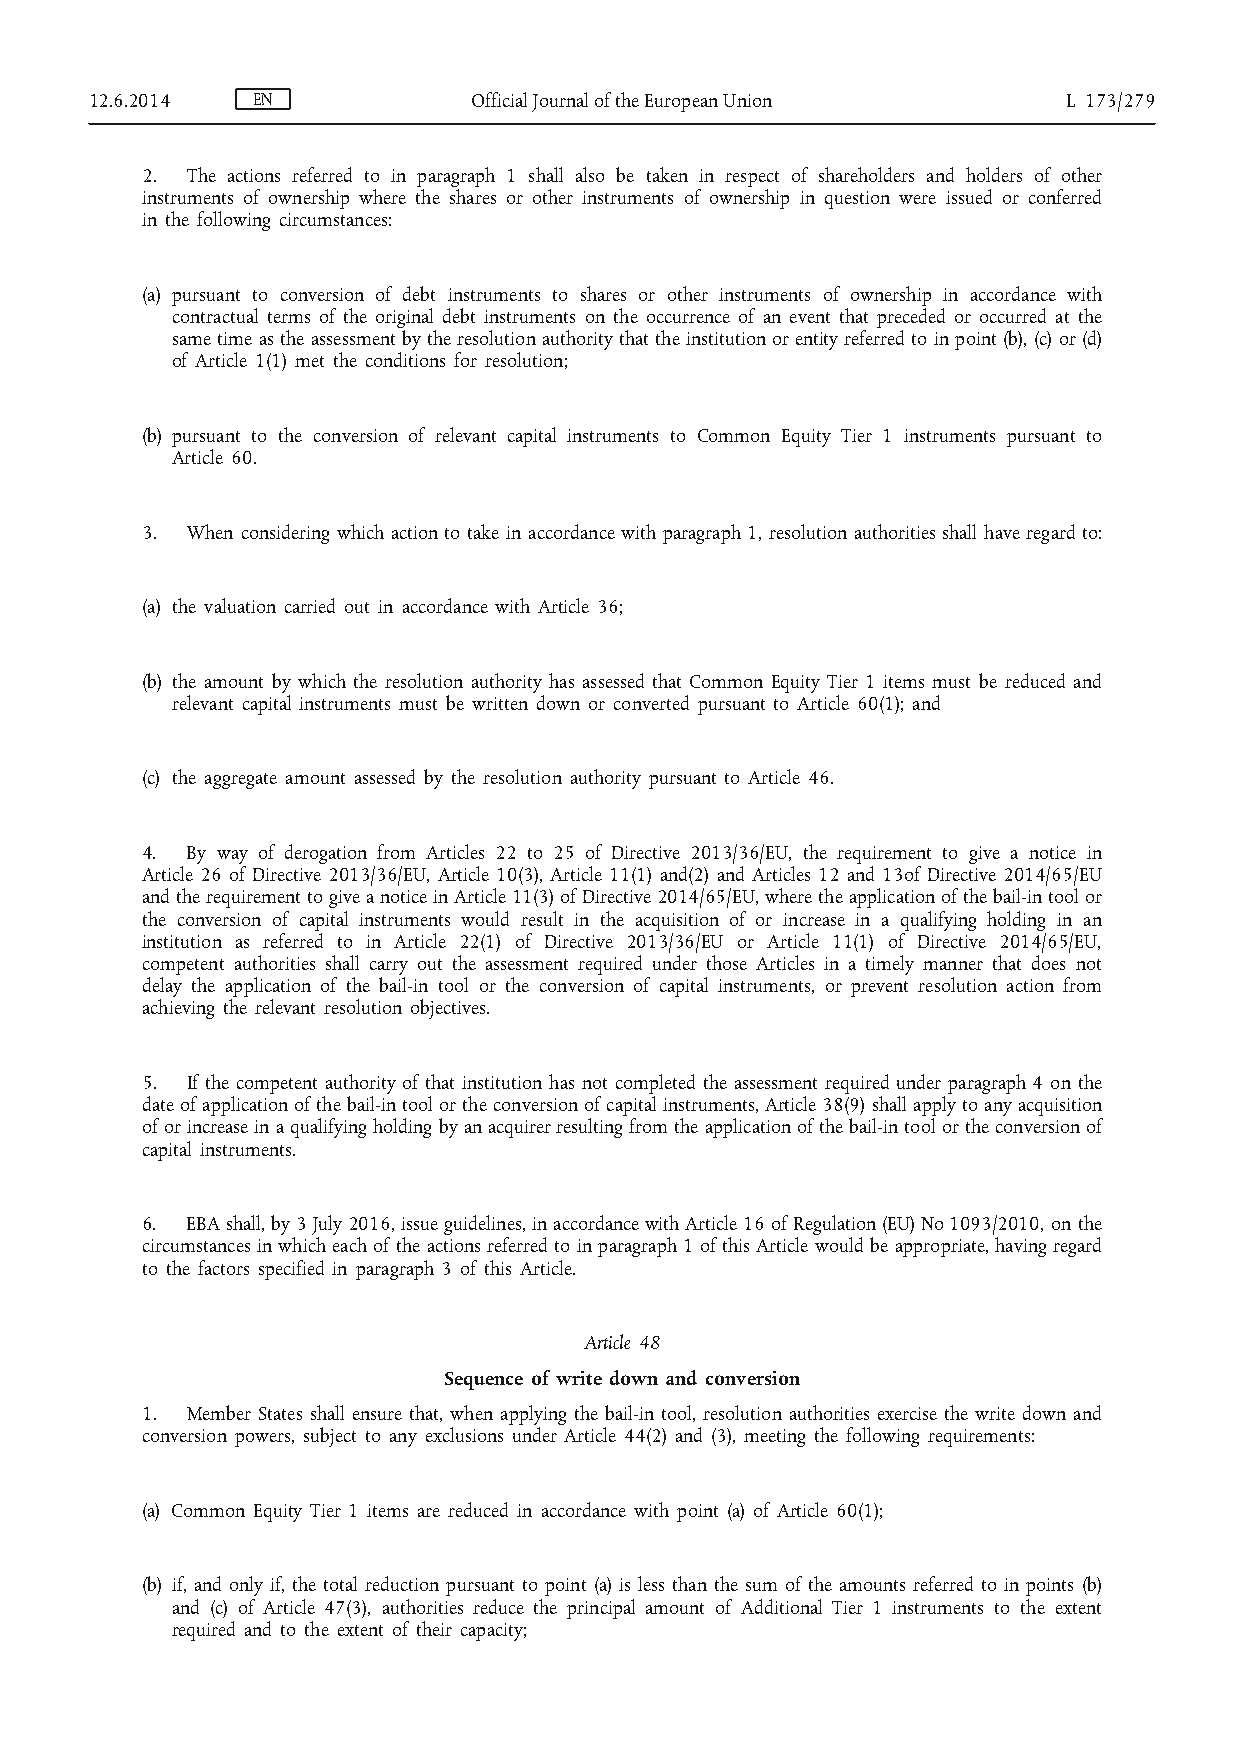
12.6.2014  EN            Official Journal of the European Union  L 173/279
 2. The actions referred to in paragraph 1 shall also be taken in respect of shareholders and holders of other
 instruments of ownership where the shares or other instruments of ownership in question were issued or conferred
 in the following circumstances:
 (a) pursuant to conversion of debt instruments to shares or other instruments of ownership in accordance with
 contractual terms of the original debt instruments on the occurrence of an event that preceded or occurred at the
 same time as the assessment by the resolution authority that the institution or entity referred to in point (b), (c) or (d)
 of Article 1(1) met the conditions for resolution;
 (b) pursuant to the conversion of relevant capital instruments to Common Equity Tier 1 instruments pursuant to
 Article 60.
 3. When considering which action to take in accordance with paragraph 1, resolution authorities shall have regard to:
 (a) the valuation carried out in accordance with Article 36;
 (b) the amount by which the resolution authority has assessed that Common Equity Tier 1 items must be reduced and
 relevant capital instruments must be written down or converted pursuant to Article 60(1); and
 (c) the aggregate amount assessed by the resolution authority pursuant to Article 46.
 4. By way of derogation from Articles 22 to 25 of Directive 2013/36/EU, the requirement to give a notice in
 Article 26 of Directive 2013/36/EU, Article 10(3), Article 11(1) and(2) and Articles 12 and 13of Directive 2014/65/EU
 and the requirement to give a notice in Article 11(3) of Directive 2014/65/EU, where the application of the bail-in tool or
 the conversion of capital instruments would result in the acquisition of or increase in a qualifying holding in an
 institution as referred to in Article 22(1) of Directive 2013/36/EU or Article 11(1) of Directive 2014/65/EU,
 competent authorities shall carry out the assessment required under those Articles in a timely manner that does not
 delay the application of the bail-in tool or the conversion of capital instruments, or prevent resolution action from
 achieving the relevant resolution objectives.
 5. If the competent authority of that institution has not completed the assessment required under paragraph 4 on the
 date of application of the bail-in tool or the conversion of capital instruments, Article 38(9) shall apply to any acquisition
 of or increase in a qualifying holding by an acquirer resulting from the application of the bail-in tool or the conversion of
 capital instruments.
 6. EBA shall, by 3 July 2016, issue guidelines, in accordance with Article 16 of Regulation (EU) No 1093/2010, on the
 circumstances in which each of the actions referred to in paragraph 1 of this Article would be appropriate, having regard
 to the factors specified in paragraph 3 of this Article.
 Article 48
 Sequence of write down and conversion
 1. Member States shall ensure that, when applying the bail-in tool, resolution authorities exercise the write down and
 conversion powers, subject to any exclusions under Article 44(2) and (3), meeting the following requirements:
 (a) Common Equity Tier 1 items are reduced in accordance with point (a) of Article 60(1);
 (b) if, and only if, the total reduction pursuant to point (a) is less than the sum of the amounts referred to in points (b)
 and (c) of Article 47(3), authorities reduce the principal amount of Additional Tier 1 instruments to the extent
 required and to the extent of their capacity;